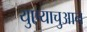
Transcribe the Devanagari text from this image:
युएयाचुआन